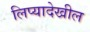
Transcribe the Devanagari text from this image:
लिप्यादेखील